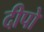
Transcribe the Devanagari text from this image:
दीपो